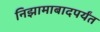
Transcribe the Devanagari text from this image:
निझामाबादपर्यंत